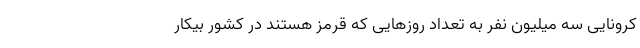
کرونایی سه میلیون نفر به تعداد روزهایی که قرمز هستند در کشور بیکار